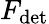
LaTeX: F_{\mathrm{det}}